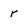
Character: r